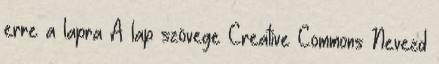
erre a lapra A lap szövege Creative Commons Nevezd